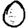
Digit: 0